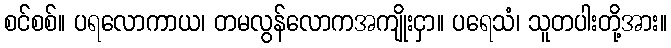
စင်စစ်။ ပရလောကာယ၊ တမလွန်လောကအကျိုးငှာ။ ပရေသံ၊ သူတပါးတို့အား။